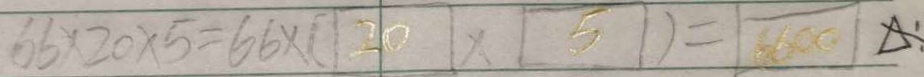
6 6 \times 2 0 \times 5 = 6 6 \times ( 2 0 \times 5 ) = 6 6 0 0